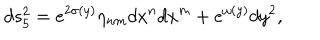
d s _ { 5 } ^ { 2 } = e ^ { 2 \sigma ( y ) } \eta _ { n m } d x ^ { n } d x ^ { m } + e ^ { \omega ( y ) } d y ^ { 2 } ,